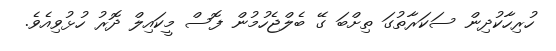
ހުރިހާކުދިން ސަކަރާތުގަ ތިށްބަ ގޭ ބެލްޖެހުމުން ފޮސް މީކައިލް ދޮރު ހުޅުވިއެވެ.